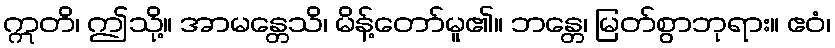
ဣတိ၊ ဤသို့။ အာမန္တေသိ၊ မိန့်တော်မူ၏။ ဘန္တေ၊ မြတ်စွာဘုရား။ ဧဝံ၊